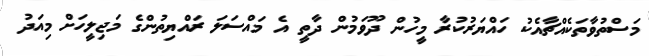
މަސްތުވާތަކެއްޗާއެކު ހައްޔަރުކުރާ މީހުން ދޫވަމުން ދާތީ އެ މައްސަލަ ރައްޔިތުންގެ މަޖިލީހަށް މިއަދު